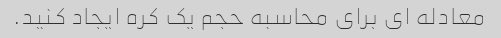
معادله ای برای محاسبه حجم یک کره ایجاد کنید.